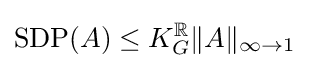
{\text{SDP}}(A)\leq K_{G}^{\mathbb {R} }\|A\|_{\infty \to 1}